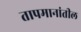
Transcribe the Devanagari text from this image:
तापमानांतील